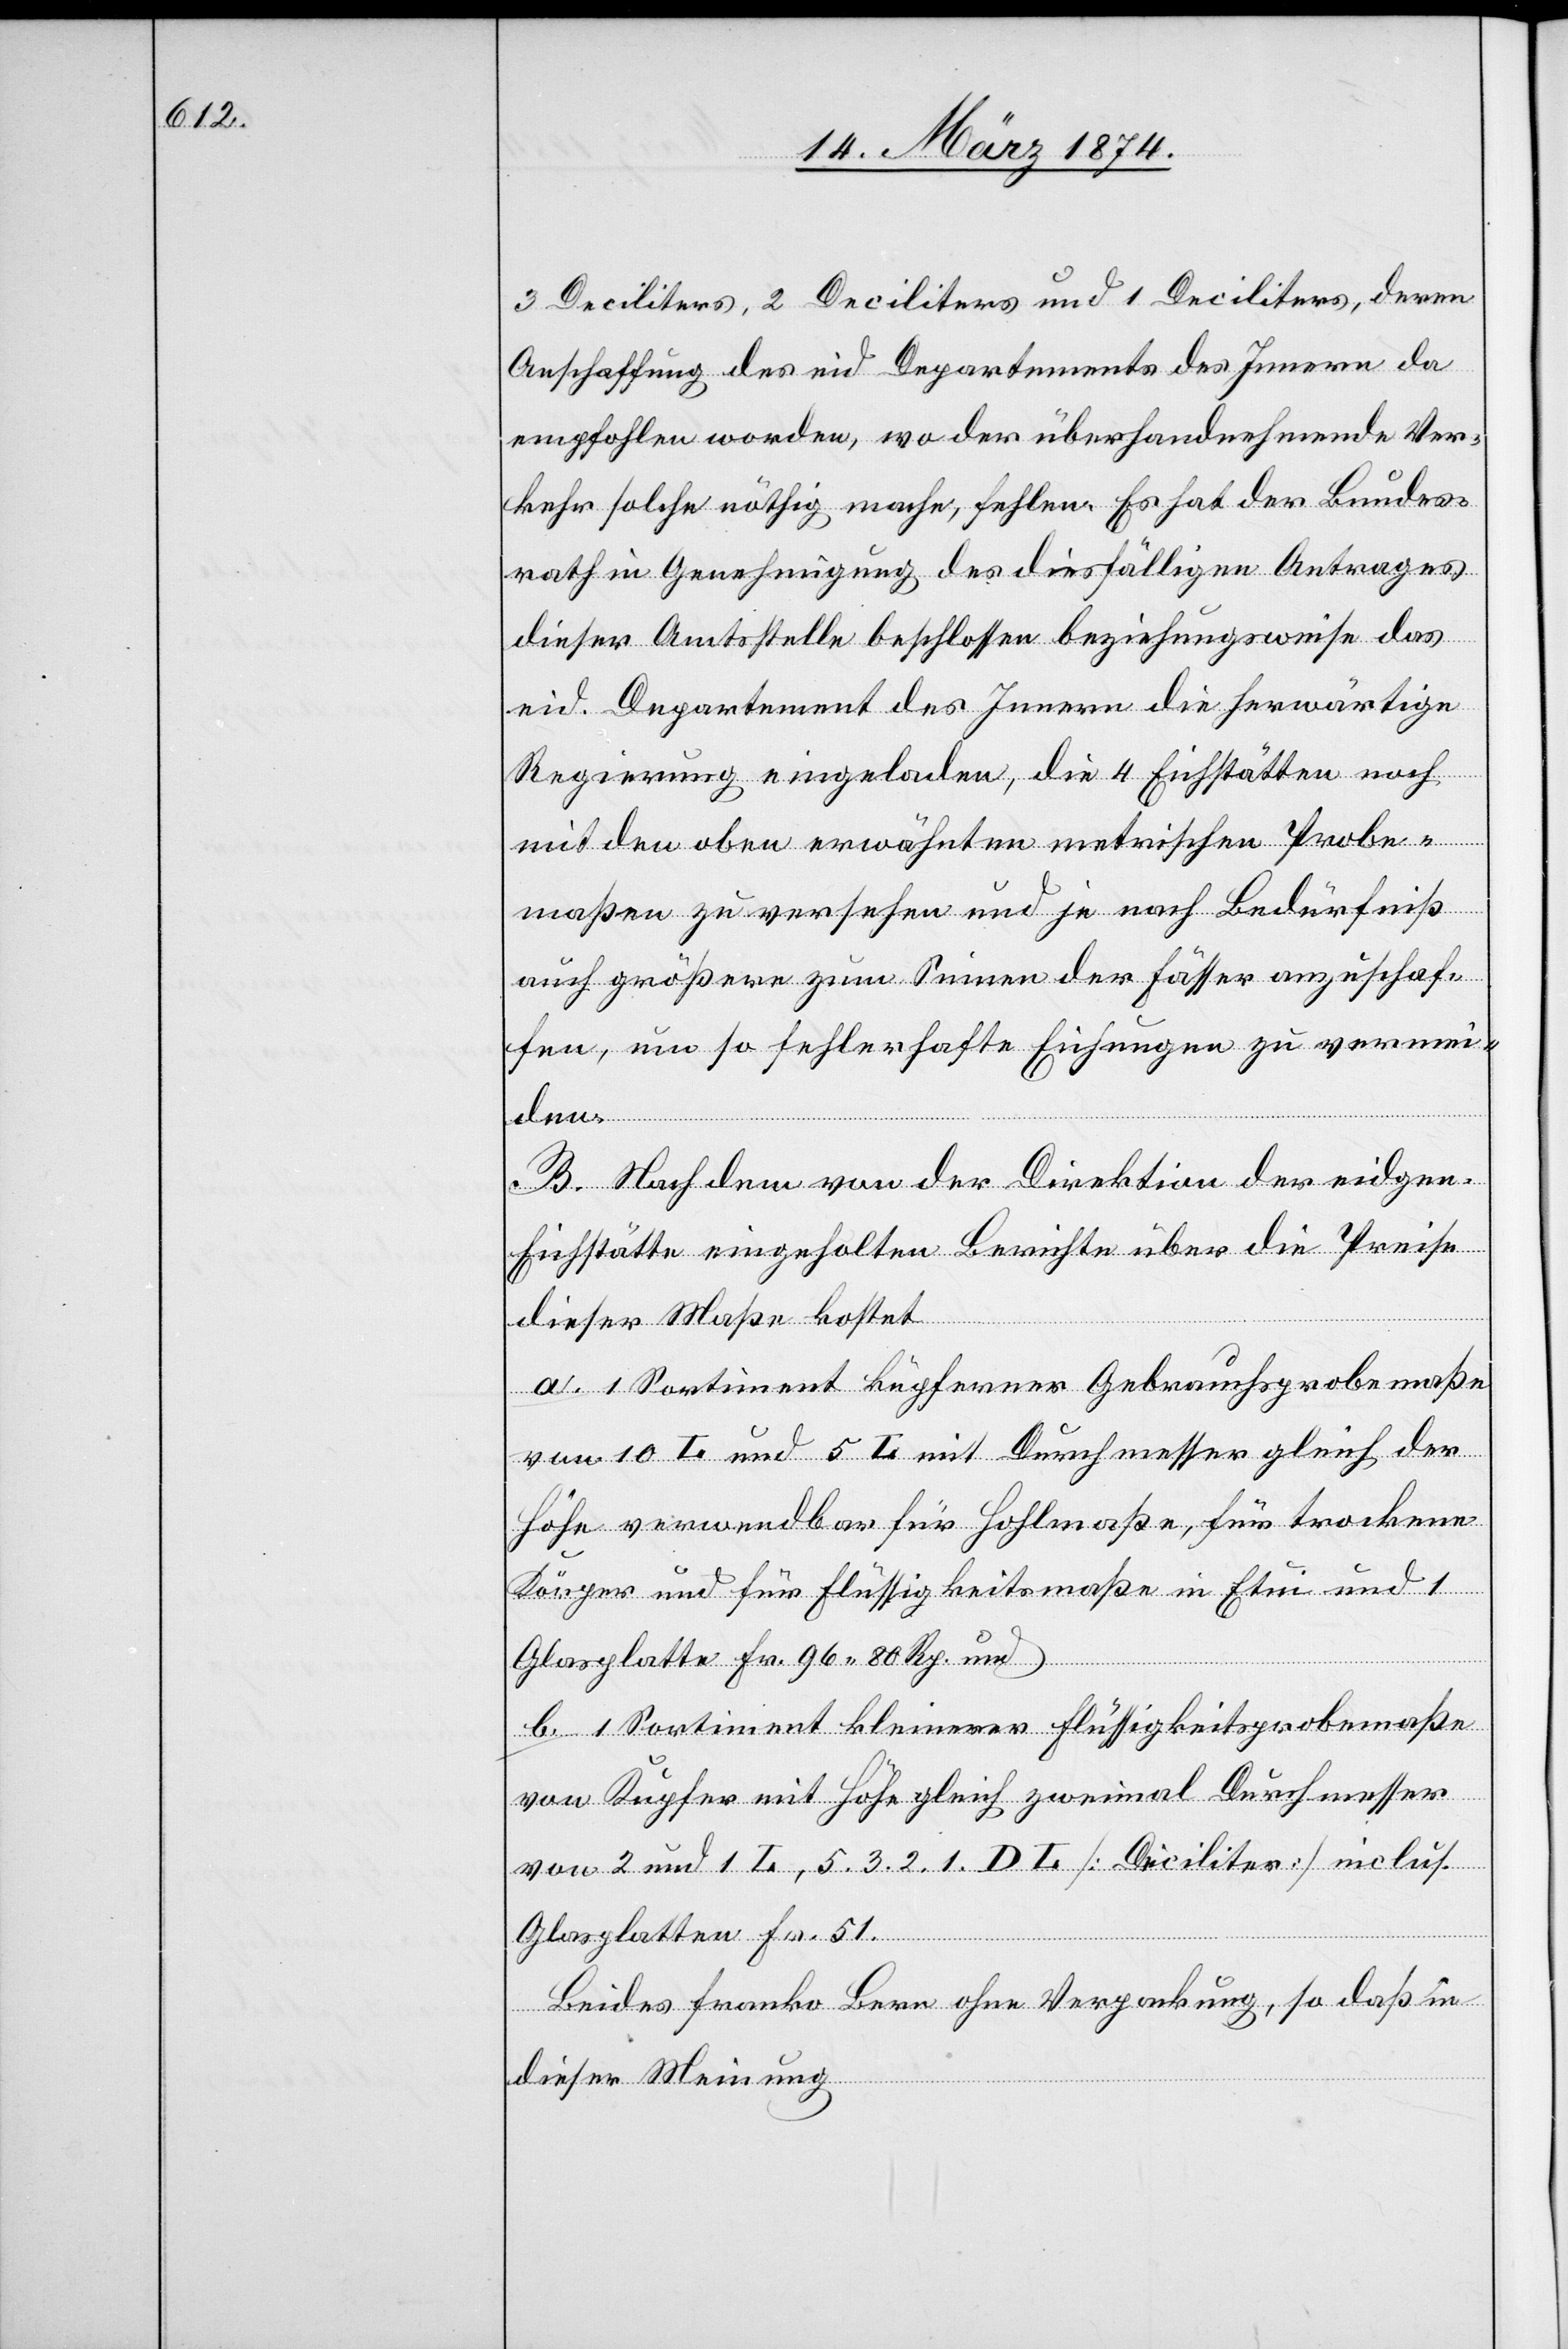
3 Deciliters, 2 Deciliters und 1 Deciliters, deren
Anschaffung das eid. Departement des Innern da
empfohlen worden, wo der überhandnehmende Ver¬
kehr solche nöthig mache, fehlen. Es hat der Bundes¬
rath in Genehmigung des diesfälligen Antrages
dieser Amtsstelle beschlossen beziehungsweise das
eid. Departement des Innern die herwärtige
Regierung eingeladen, die 4 Eichstätten noch
mit den oben erwähnten metrischen Probe¬
maßen zu versehen und je nach Bedürfniß
auch größere zum Seinen der Fässer anzuschaf¬
fen, nun so fehlerhafte Eichungen zu vermei¬
den.
B. Nachdem von der Direktion der eid.
Eichstätte eingeholten Berichte über die Preise
dieser Maße kostet
a. 1 Sortiment kupferner Gebrauchsprobemaße
von 10 L. und 5 L. mit Durchmesser gleich der
Höhe verwendbar für Hohlmaße, für trockene
Körper und für Flüssigkeitsmaße in Etui und 1
Glasplatte Fr. 96.80 Rp. und
b. 1 Sortiment kleinerer Flüssigkeitsprobemaße
von Kupfer mit Höhe gleich zweimal Durchmesser
von 2 und 1 L., 5. [,]3. [,]2. [,] 1. DL [Deciliter] inclus.
Glasplatten Fr. 51.
Beides franko Bern ohne Verpackung, so daß in
dieser Meinung